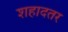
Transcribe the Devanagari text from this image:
शहादतर